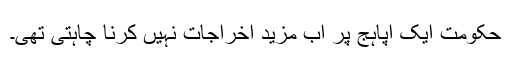
حکومت ایک اپاہج پر اب مزید اخراجات نہیں کرنا چاہتی تھی۔